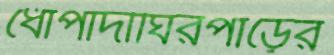
ধোপাদীঘিরপাড়ের